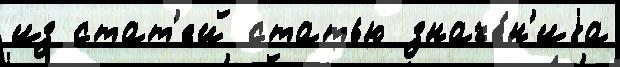
из стат'ей статью значе́н'иjа